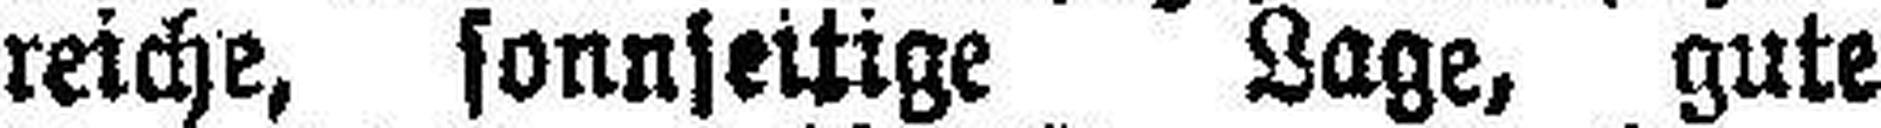
reiche, sonnseitige Lage, gute